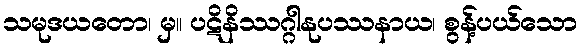
သမုဒယတော၊ မှ။ ပဋိနိဿဂ္ဂါနုပဿနာယ၊ စွန့်ပယ်သော